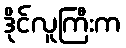
ဒိုင်လူကြီးက